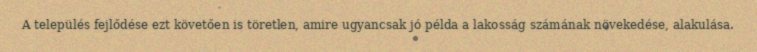
A település fejlődése ezt követően is töretlen, amire ugyancsak jó példa a lakosság számának növekedése, alakulása.